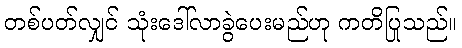
တစ်ပတ်လျှင် သုံးဒေါ်လာခွဲပေးမည်ဟု ကတိပြုသည်။